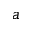
a